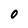
Character: 0